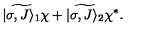
\widetilde { | \sigma , J \rangle _ { 1 } } \chi + \widetilde { | \sigma , J \rangle _ { 2 } } \chi ^ { * } .